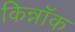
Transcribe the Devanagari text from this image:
किन्नॉक